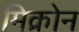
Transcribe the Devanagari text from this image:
मिक्रोन